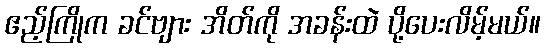
ဧည့်ကြိုက ခင်ဗျား အိတ်ကို အခန်းထဲ ပို့ပေးလိမ့်မယ်။